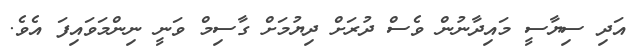
އަދި ސިޔާސީ މައިދާނުން ވެސް ދުރަށް ދިޔުމަށް ގާސިމް ވަނީ ނިންމަވައިފަ އެވެ.